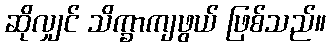
ဆိုလျှင် သိက္ခာကျဖွယ် ဖြစ်သည်။